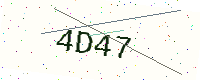
Text: 4D47